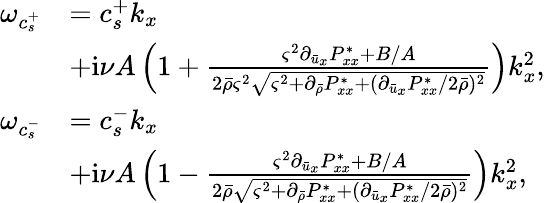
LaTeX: \begin{array}{rl}{\omega_{c_{s}^{+}}}&{=c_{s}^{+}k_{x}}\\ &{+\mathrm{i}\nu A\left(1+\frac{\varsigma^{2}\partial_{\bar{u}_{x}}P_{xx}^{*}+B/A}{2\bar{\rho}\varsigma^{2}\sqrt{\varsigma^{2}+\partial_{\bar{\rho}}P_{xx}^{*}+(\partial_{\bar{u}_{x}}P_{xx}^{*}/2\bar{\rho})^{2}}}\right)k_{x}^{2},}\\ {\omega_{c_{s}^{-}}}&{=c_{s}^{-}k_{x}}\\ &{+\mathrm{i}\nu A\left(1-\frac{\varsigma^{2}\partial_{\bar{u}_{x}}P_{xx}^{*}+B/A}{2\bar{\rho}\sqrt{\varsigma^{2}+\partial_{\bar{\rho}}P_{xx}^{*}+(\partial_{\bar{u}_{x}}P_{xx}^{*}/2\bar{\rho})^{2}}}\right)k_{x}^{2},}\end{array}